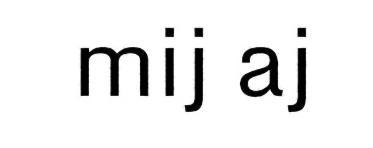
mij aj